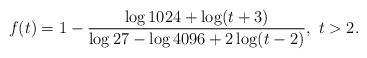
LaTeX: \begin{align*}f(t)=1-\frac{\log1024+\log(t+3)}{\log27-\log{4096}+2\log(t-2)},\ t>2.\end{align*}